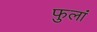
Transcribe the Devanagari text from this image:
फुलां